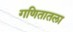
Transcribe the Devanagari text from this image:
गणितातला